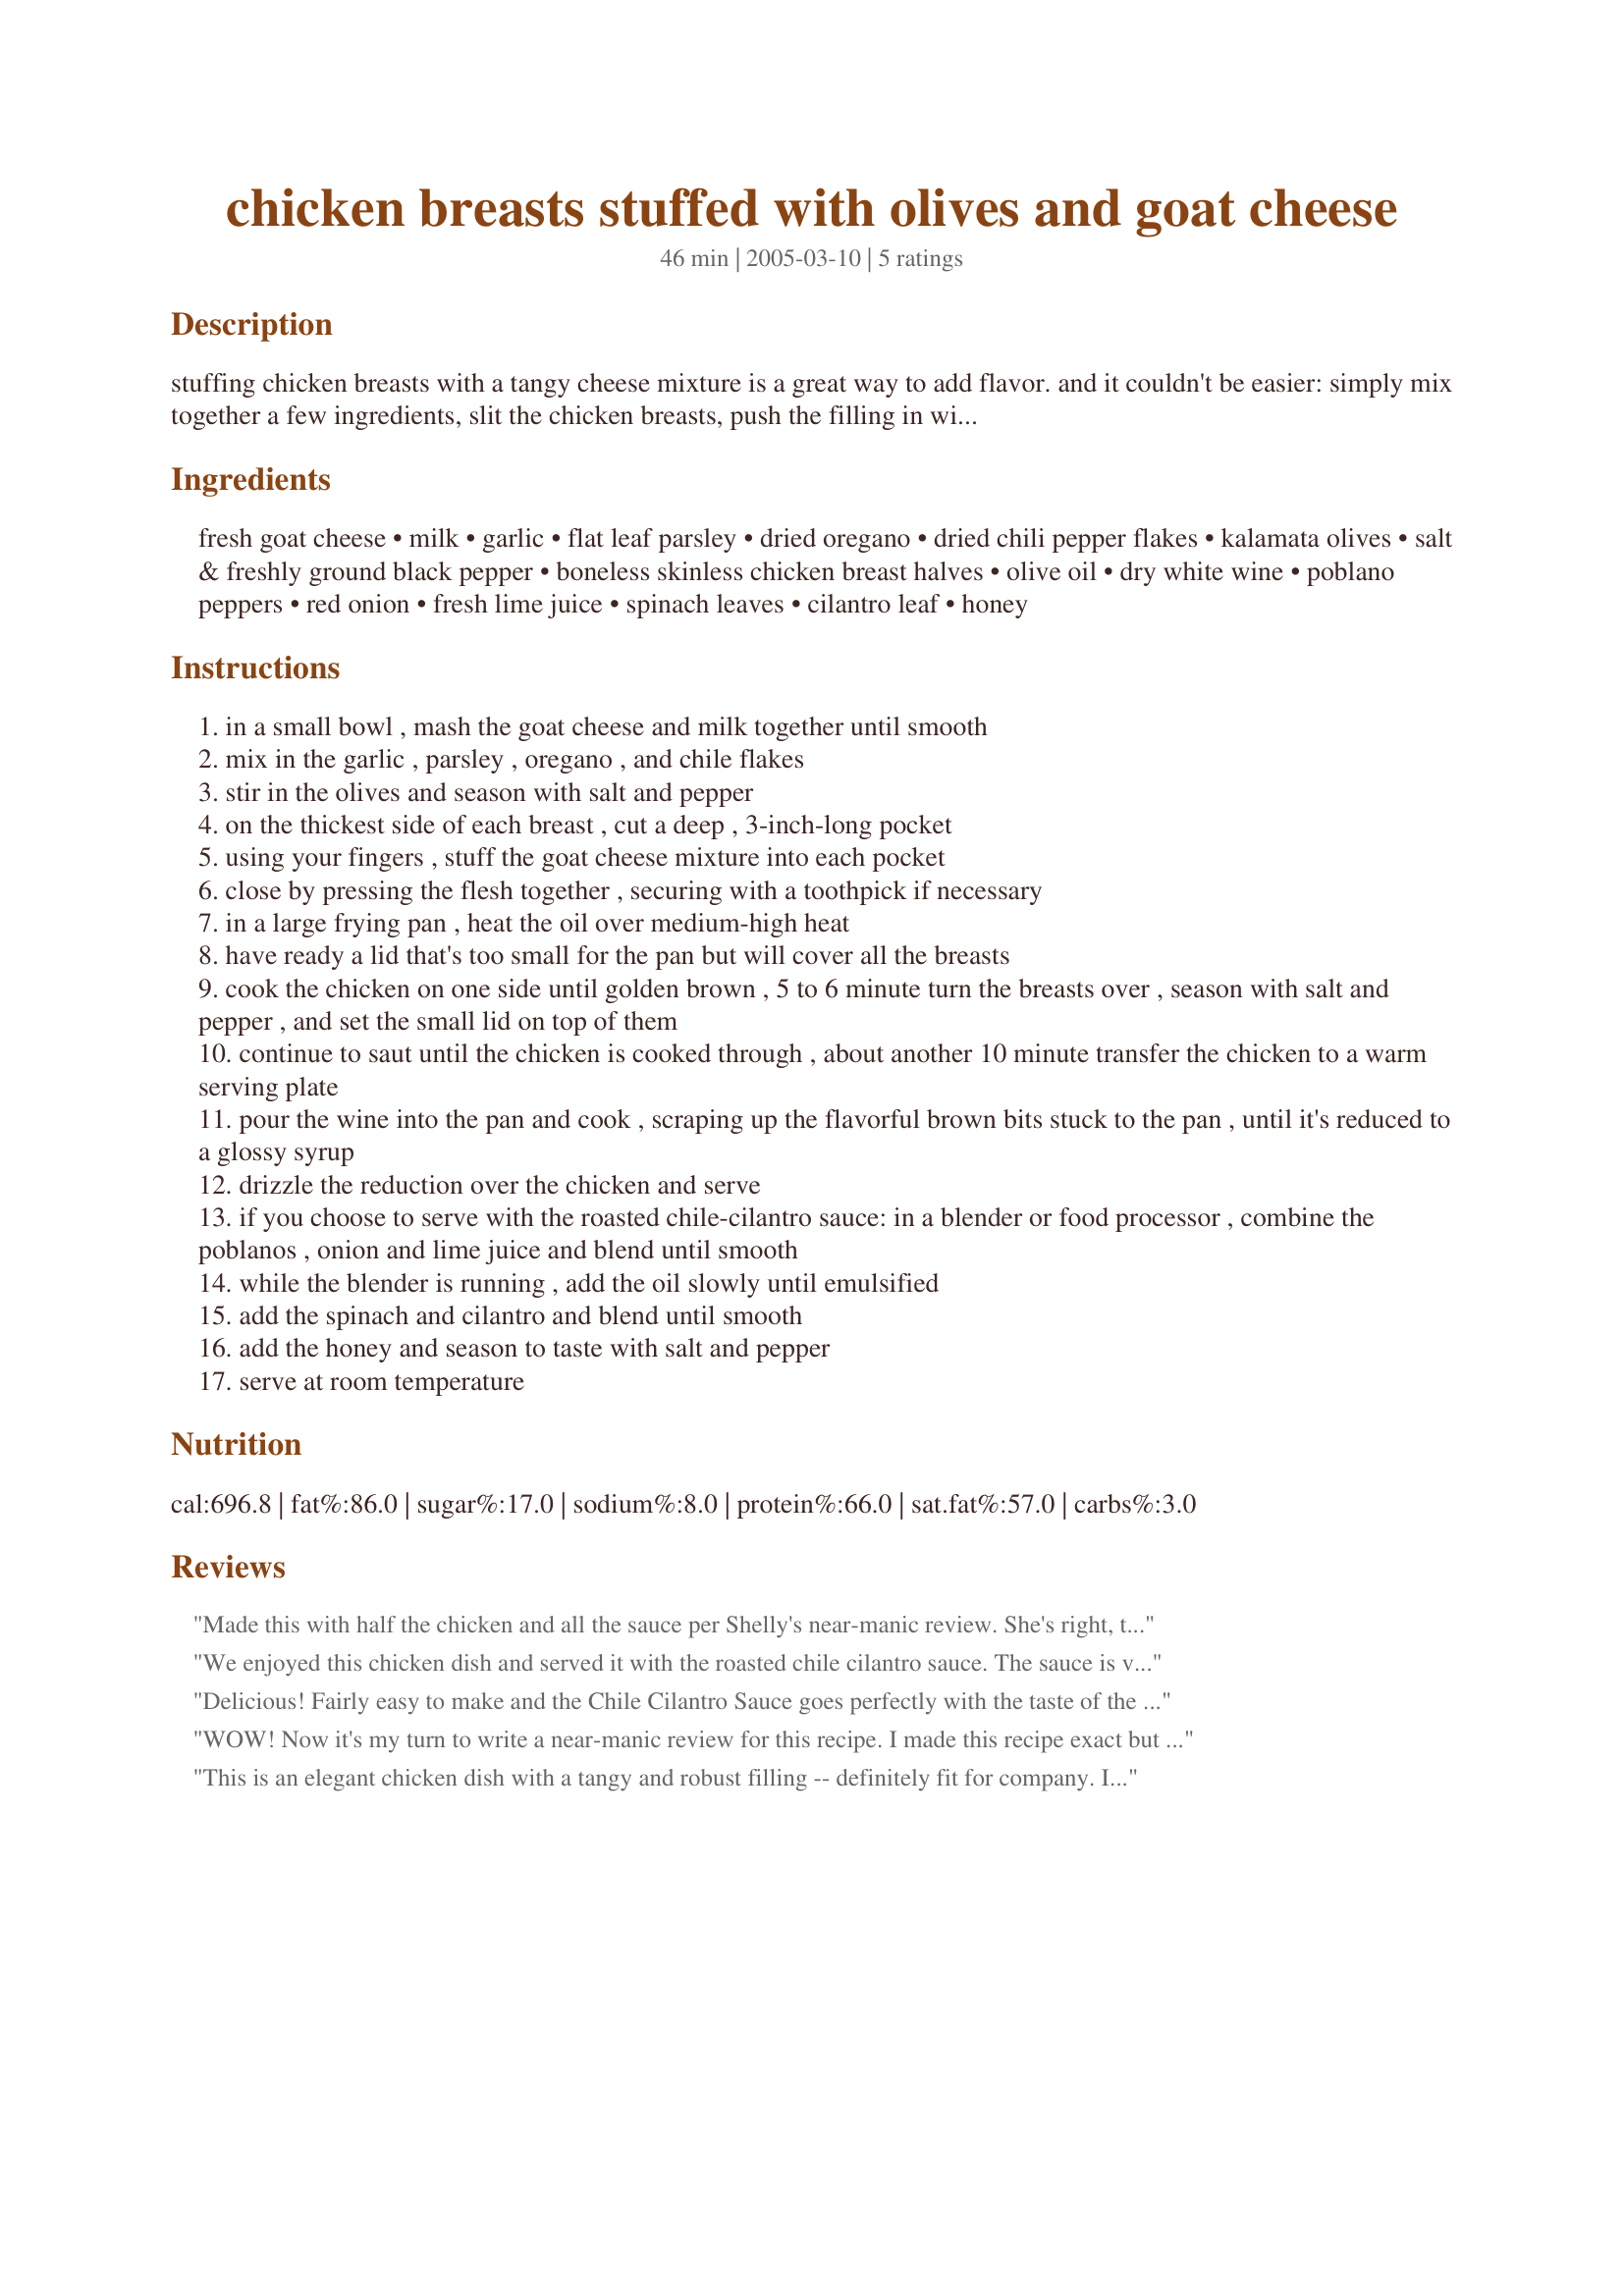
chicken breasts stuffed with olives and goat cheese
Preparation time: 46 minutes

stuffing chicken breasts with a tangy cheese mixture is a great way to add flavor. and it couldn't be easier: simply mix together a few ingredients, slit the chicken breasts, push the filling in with your fingers, and saute. to meet the challenge of keeping chicken breast moist, this recipe uses a technique called pan-steaming. after browning one side of the chicken breasts, i turn them over and rest a pot lid that fits inside the frying pan right on top of the chicken. the lid prevents the steam from evaporating completely, keeping the chicken moist, yet because i'm not covering the entire pan, the chicken continues to brown rather than steam. the chicken can be served either with a reduced pan sauce or a roasted chile-cilantro sauce. this recipe is fun to play with. try sun-dried tomatoes added to (or in place of) the olives. in the summer, flavor the goat cheese with fresh herbs such as basil, chives, and mint.

Ingredients:
fresh goat cheese, milk, garlic, flat leaf parsley, dried oregano, dried chili pepper flakes, kalamata olives, salt & freshly ground black pepper, boneless skinless chicken breast halves, olive oil, dry white wine, poblano peppers, red onion, fresh lime juice, spinach leaves, cilantro leaf, honey

Steps:
in a small bowl , mash the goat cheese and milk together until smooth
mix in the garlic , parsley , oregano , and chile flakes
stir in the olives and season with salt and pepper
on the thickest side of each breast , cut a deep , 3-inch-long pocket
using your fingers , stuff the goat cheese mixture into each pocket
close by pressing the flesh together , securing with a toothpick if necessary
in a large frying pan , heat the oil over medium-high heat
have ready a lid that's too small for the pan but will cover all the breasts
cook the chicken on one side until golden brown , 5 to 6 minute turn the breasts over , season with salt and pepper , and set the small lid on top of them
continue to saut until the chicken is cooked through , about another 10 minute transfer the chicken to a warm serving plate
pour the wine into the pan and cook , scraping up the flavorful brown bits stuck to the pan , until it's reduced to a glossy syrup
drizzle the reduction over the chicken and serve
if you choose to serve with the roasted chile-cilantro sauce: in a blender or food processor , combine the poblanos , onion and lime juice and blend until smooth
while the blender is running , add the oil slowly until emulsified
add the spinach and cilantro and blend until smooth
add the honey and season to taste with salt and pepper
serve at room temperature

Reviews:
Made this with half the chicken and all the sauce per Shelly's near-manic review. She's right, the sauce is terrific. I served it with some freshly made French bread for sopping. I'm almost giddy with the possibilities for the leftovers. Oh, the chicken's nice, too. That goat cheese stuffing would be great for filling ravioli. Ouuuuuu - you could serve the pasta with the sauce - oh, my.
We enjoyed this chicken dish and served it with the roasted chile cilantro sauce. The sauce is very good. It is more like a salsa. However, it was hard to taste the goat cheese once the sauce was on the chicken. This was an easy dish to make and plated well. Thanks!
Delicious! Fairly easy to make and the Chile Cilantro Sauce goes perfectly with the taste of the goat cheese. definitely one of my favorte recipes!
WOW! Now it's my turn to write a near-manic review for this recipe. I made this recipe exact but added additional red-pepper flakes since we like the additional heat. I made the wine syyrup but also served the chicken with this AMAZING SAUCE! 

My DH called this dish "awesome" and ate 3 servings sopping up all the sauce with slices of rustic loaf.

I have extra sauce and would love some ideas on what to do with the remaining sauce.
This is an elegant chicken dish with a tangy and robust filling -- definitely fit for company. I simply love its simplicity. But the crowning glory of this chicken dish is the sauce. OMG the sauce. I swear it tastes of guacamole without any avocado in it -- it is amazing that way. I found myself using the leftover sauce in various ways and it worked every single time and I've simply become a slave to the perfection that is this sauce. For example, I would tie my grandma's shoelaces together when she wasn't looking if it would help me get to the sauce before her -- I'm evil that way ;).
